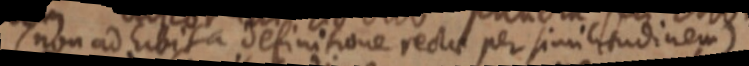
(non ad hibita definitione rectae per similitudinem)